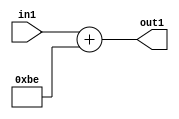
`timescale 1ps / 1ps
/*****************************************************************************
    Verilog RTL Description
    
    
    Created by: Stratus DpOpt 2019.1.01 
*******************************************************************************/

module DC_Filter_Add_12U_13_4 (
	in1,
	out1
	); /* architecture "behavioural" */ 
input [11:0] in1;
output [11:0] out1;
wire [11:0] asc001;

assign asc001 = 
	+(in1)
	+(12'B000010111110);

assign out1 = asc001;
endmodule

/* CADENCE  urnxTQ4= : u9/ySgnWtBlWxVPRXgAZ4Og= ** DO NOT EDIT THIS LINE ******/